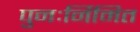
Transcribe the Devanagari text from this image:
पुनःर्निमित